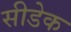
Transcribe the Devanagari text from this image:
सीडेक